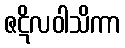
ဇဋိလဝါသိကာ